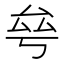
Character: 𠫫